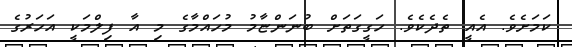
ކަމަށެވެ. އެއީ ތެދެކެވެ. ހަގީގަތަށް ބުނަންޏާމު މުހައްމާގެ މި އާ ފިލްމަކީ އަހަރުގެ